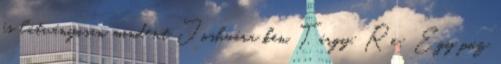
és látványosan mindent Joshuára ken. Tárgy: Re: Egy póz